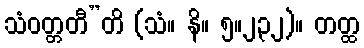
သံဝတ္တတီ”တိ (သံ။ နိ။ ၅။၂၃၂)။ တတ္ထ